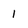
Character: 1